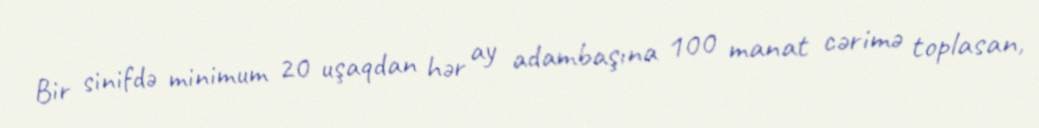
Bir sinifdə minimum 20 uşaqdan hər ay adambaşına 100 manat cərimə toplasan,